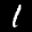
Label: 1